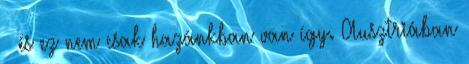
– és ez nem csak hazánkban van így. Ausztriában